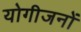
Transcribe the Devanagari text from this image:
योगीजनों